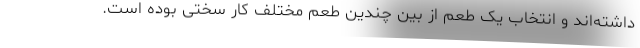
داشته‌اند و انتخاب یک طعم از بین چندین طعم مختلف کار سختی بوده‌ است.